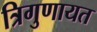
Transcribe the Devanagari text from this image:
त्रिगुणायत